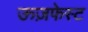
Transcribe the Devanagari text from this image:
ऊज़फेस्ट